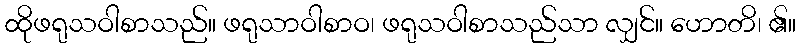
ထိုဖရုသဝါစာသည်။ ဖရုသာဝါစာဝ၊ ဖရုသဝါစာသည်သာ လျှင်။ ဟောတိ၊ ၏။